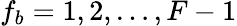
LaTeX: f_{b}=1,2,\ldots,F-1